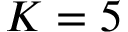
K = 5